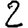
Digit: 2